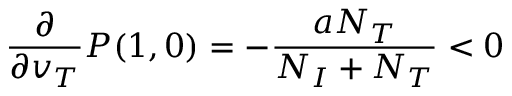
\frac { \partial } { \partial v _ { T } } P ( 1 , 0 ) = - \frac { a N _ { T } } { N _ { I } + N _ { T } } < 0